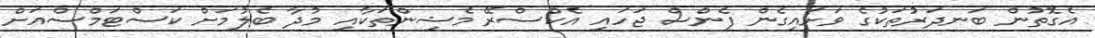
އެގޮތުން ބަނދަރުތަކުގެ ވަށައިގެން ފެންސް ޖަހައި އެކްސްރޭ މެޝިންތަކާއި މުދާ ބެލުމަށް ކަސްޓަމްސްއަށް